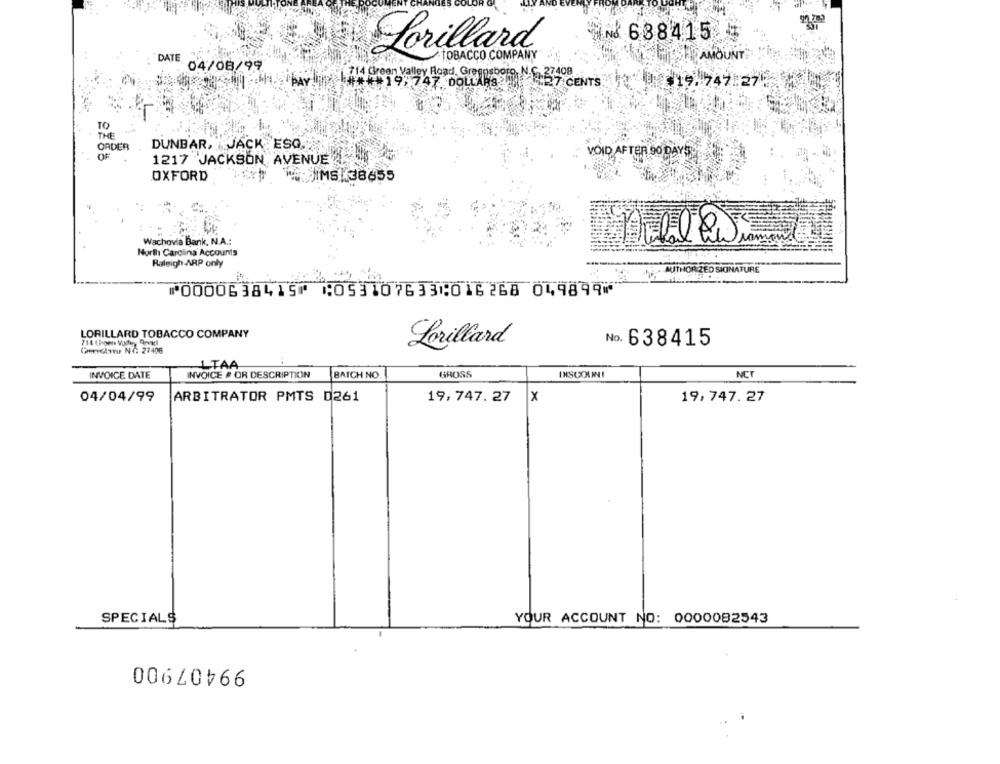
& 688415 4
Lorillard
TOBACCO COMPANY
AMOUNT
DATE. 04/08/99
Pay line 1.714 Green Valley Road, Greensboro, N.G. 27408
19.747:27
27 CENTS
TO
THE
DUNBAR, JACK ESQ.
ORDER
VOID AFTER 90 DAYS
1217 JACKSON AVENUE
OXFORD
SIMS 38655
Wachovia Bank, N.A .:
North Carolina Accounts
Raleigh ARP only
. AUTHORIZED SIGNATURE
⑈0000638415⑈ ⑆053107633⑆016268 049899⑈
LORILLARD TOBACCO COMPANY
No. 638415
GEGENTO NO: 27406
Lorillard
1TAA
INVOICE DATE
INVOICE # OR DESCRIPTION
BATCH NO
GROSS
DISCOUNT
NCT
04/04/99
ARBITRATOR PMTS D261
19,747.27
X
19,747.27
SPECIALS
YOUR ACCOUNT NO: 0000082543
99407900